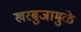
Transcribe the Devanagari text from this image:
खरबुजामुळे